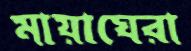
মায়াঘেরা